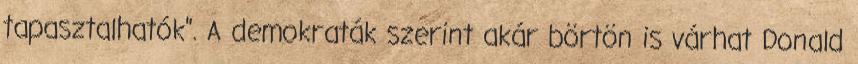
tapasztalhatók". A demokraták szerint akár börtön is várhat Donald